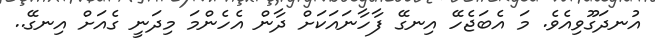
އުނދަގޫވިއެވެ. މަ އެބަޖެހޭ އިނގޭ ފާހާނައަކަށް ދާން އެހެންމަ މިދަނީ ގެއަށް އިނގޭ..